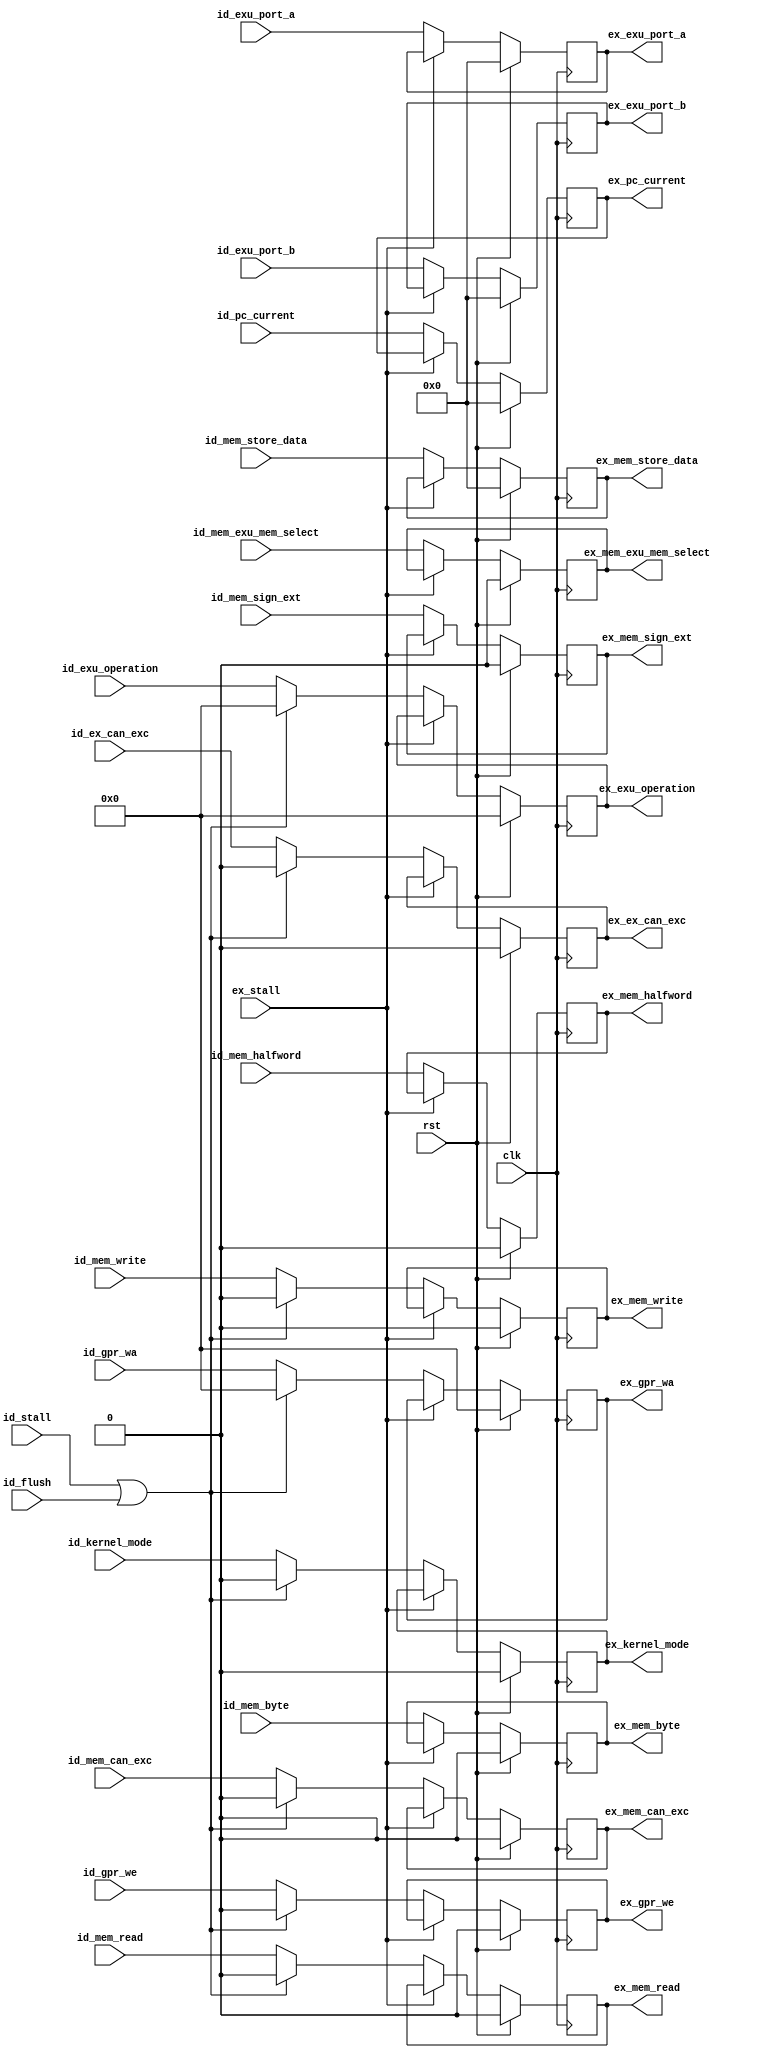
module ada_idex_stage(
    input               clk,                    
    input               rst,                    
    input       [4:0]   id_exu_operation,       
    input       [31:0]  id_exu_port_a,          
    input       [31:0]  id_exu_port_b,          
    input       [31:0]  id_mem_store_data,      
    input               id_mem_write,           
    input               id_mem_read,            
    input               id_mem_byte,            
    input               id_mem_halfword,        
    input               id_mem_sign_ext,        
    input               id_mem_exu_mem_select,  
    input       [4:0]   id_gpr_wa,              
    input               id_gpr_we,              
    input               id_kernel_mode,         
    input       [31:0]  id_pc_current,          
    input               id_ex_can_exc,          
    input               id_mem_can_exc,         
    input               id_flush,               
    input               id_stall,               
    input               ex_stall,               
    output  reg [4:0]   ex_exu_operation,       
    output  reg [31:0]  ex_exu_port_a,          
    output  reg [31:0]  ex_exu_port_b,          
    output  reg [31:0]  ex_mem_store_data,      
    output  reg         ex_mem_write,           
    output  reg         ex_mem_read,            
    output  reg         ex_mem_byte,            
    output  reg         ex_mem_halfword,        
    output  reg         ex_mem_sign_ext,        
    output  reg         ex_mem_exu_mem_select,  
    output  reg [4:0]   ex_gpr_wa,              
    output  reg         ex_gpr_we,              
    output  reg         ex_kernel_mode,         
    output  reg [31:0]  ex_pc_current,          
    output  reg         ex_ex_can_exc,          
    output  reg         ex_mem_can_exc          
    );
    always @(posedge clk) begin
        ex_exu_operation      <= (rst) ? 5'b0  : ((ex_stall) ? ex_exu_operation      : ((id_stall | id_flush) ? 5'b0    : id_exu_operation));
        ex_exu_port_a         <= (rst) ? 32'b0 : ((ex_stall) ? ex_exu_port_a                                            : id_exu_port_a);
        ex_exu_port_b         <= (rst) ? 32'b0 : ((ex_stall) ? ex_exu_port_b                                            : id_exu_port_b);
        ex_mem_store_data     <= (rst) ? 32'b0 : ((ex_stall) ? ex_mem_store_data                                        : id_mem_store_data);
        ex_mem_write          <= (rst) ? 1'b0  : ((ex_stall) ? ex_mem_write          : ((id_stall | id_flush) ? 1'b0    : id_mem_write));
        ex_mem_read           <= (rst) ? 1'b0  : ((ex_stall) ? ex_mem_read           : ((id_stall | id_flush) ? 1'b0    : id_mem_read));
        ex_mem_byte           <= (rst) ? 1'b0  : ((ex_stall) ? ex_mem_byte                                              : id_mem_byte);
        ex_mem_halfword       <= (rst) ? 1'b0  : ((ex_stall) ? ex_mem_halfword                                          : id_mem_halfword);
        ex_mem_sign_ext       <= (rst) ? 1'b0  : ((ex_stall) ? ex_mem_sign_ext                                          : id_mem_sign_ext);
        ex_mem_exu_mem_select <= (rst) ? 1'b0  : ((ex_stall) ? ex_mem_exu_mem_select                                    : id_mem_exu_mem_select);
        ex_gpr_wa             <= (rst) ? 5'b0  : ((ex_stall) ? ex_gpr_wa             : ((id_stall | id_flush) ? 5'b0    : id_gpr_wa));
        ex_gpr_we             <= (rst) ? 1'b0  : ((ex_stall) ? ex_gpr_we             : ((id_stall | id_flush) ? 1'b0    : id_gpr_we));
        ex_kernel_mode        <= (rst) ? 1'b0  : ((ex_stall) ? ex_kernel_mode        : ((id_stall | id_flush) ? 1'b0    : id_kernel_mode));
        ex_pc_current         <= (rst) ? 32'b0 : ((ex_stall) ? ex_pc_current                                            : id_pc_current);
        ex_ex_can_exc         <= (rst) ? 1'b0  : ((ex_stall) ? ex_ex_can_exc         : ((id_stall | id_flush) ? 1'b0    : id_ex_can_exc));
        ex_mem_can_exc        <= (rst) ? 1'b0  : ((ex_stall) ? ex_mem_can_exc        : ((id_stall | id_flush) ? 1'b0    : id_mem_can_exc));
    end
endmodule